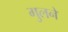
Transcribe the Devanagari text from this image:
गुलने